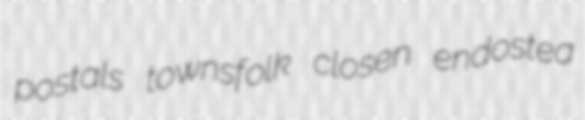
postals townsfolk closen endostea